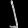
Digit: ၂